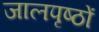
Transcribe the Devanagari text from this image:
जालपृष्ठों